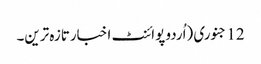
12 جنوری (اُردو پوائنٹ اخبارتازہ ترین۔